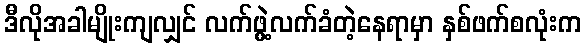
ဒီလိုအခါမျိုးကျလျှင် လက်ဖွဲ့လက်ခံတဲ့နေရာမှာ နှစ်ဖက်စလုံးက